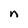
Character: n